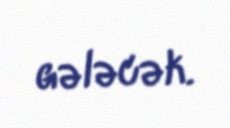
gələcək.